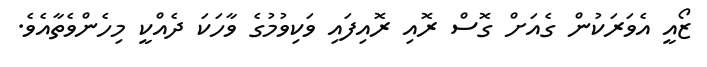
ޒޯއީ އެވަރަކުން ގެއަށް ގޮސް ރޮއި ރޮއިފައި ވަކިވުމުގެ ވާހަކަ ދެއްކީ މިހެންވެތާއެވެ.